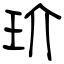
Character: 玠